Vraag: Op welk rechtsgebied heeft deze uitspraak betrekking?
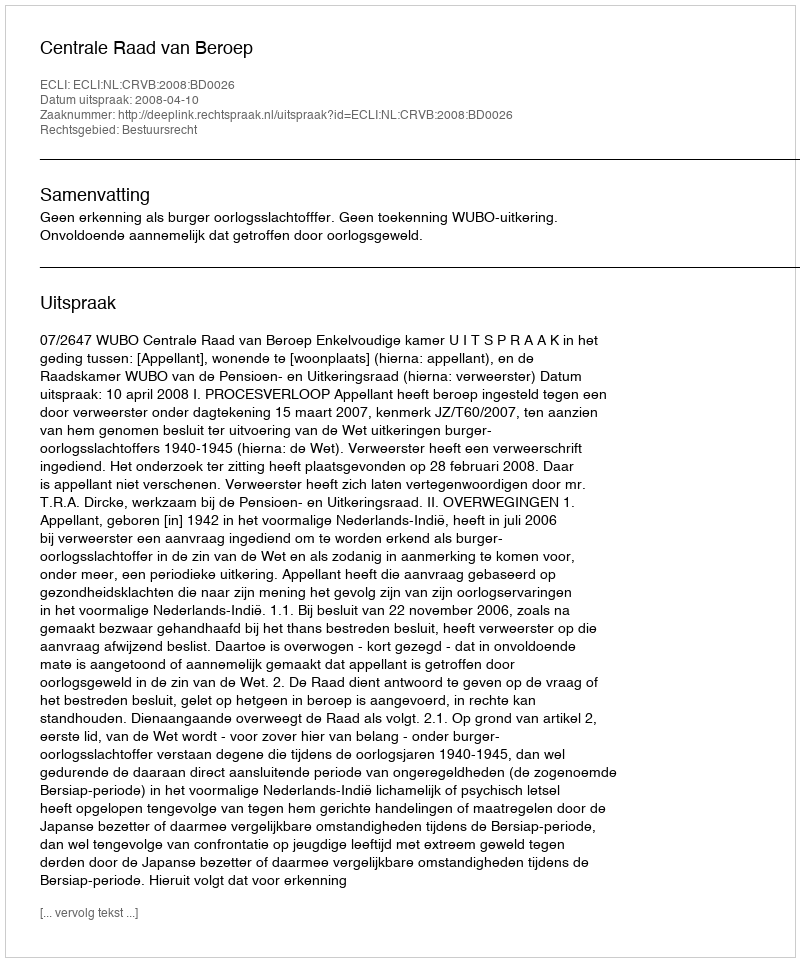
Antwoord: Bestuursrecht